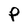
Character: P